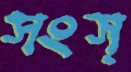
সংস্